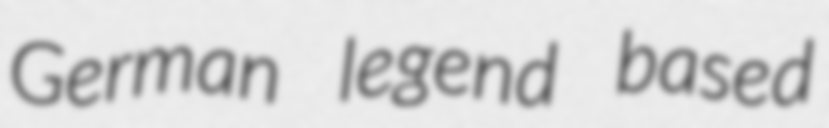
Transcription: German legend based